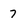
Character: 7